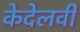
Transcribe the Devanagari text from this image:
केदेलवी